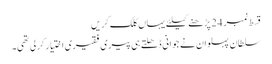
قسط نمبر 24 پڑھنے کیلئے یہاں کلک کریں
سلطان پہلوان نے جوانی ڈھلتے ہی پیری فقیری اختیار کر لی تھی۔